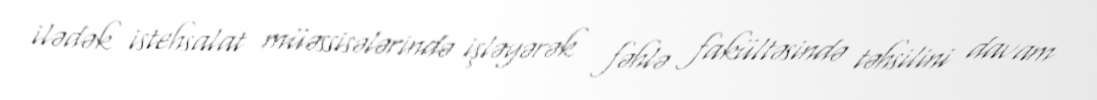
ilədək istehsalat müəssisələrində işləyərək fəhlə fakültəsində təhsilini davam